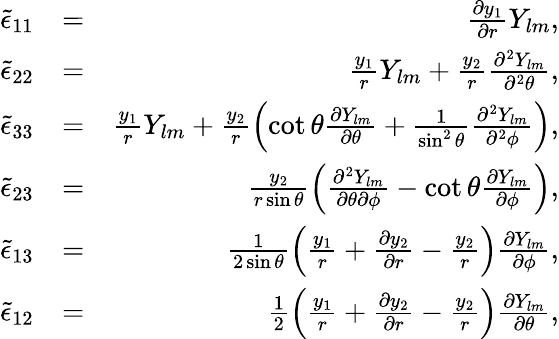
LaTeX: \begin{array}{rlr}{\tilde{\epsilon}_{11}}&{=}&{\frac{\partial y_{1}}{\partial r}Y_{lm},}\\ {\tilde{\epsilon}_{22}}&{=}&{\frac{y_{1}}{r}Y_{lm}+\frac{y_{2}}{r}\frac{\partial^{2}Y_{lm}}{\partial^{2}\theta},}\\ {\tilde{\epsilon}_{33}}&{=}&{\frac{y_{1}}{r}Y_{lm}+\frac{y_{2}}{r}\left(\cot\theta\frac{\partial Y_{lm}}{\partial\theta}+\frac{1}{\sin^{2}\theta}\frac{\partial^{2}Y_{lm}}{\partial^{2}\phi}\right),}\\ {\tilde{\epsilon}_{23}}&{=}&{\frac{y_{2}}{r\sin\theta}\left(\frac{\partial^{2}Y_{lm}}{\partial\theta\partial\phi}-\cot\theta\frac{\partial Y_{lm}}{\partial\phi}\right),}\\ {\tilde{\epsilon}_{13}}&{=}&{\frac{1}{2\sin\theta}\left(\frac{y_{1}}{r}+\frac{\partial y_{2}}{\partial r}-\frac{y_{2}}{r}\right)\frac{\partial Y_{lm}}{\partial\phi},}\\ {\tilde{\epsilon}_{12}}&{=}&{\frac{1}{2}\left(\frac{y_{1}}{r}+\frac{\partial y_{2}}{\partial r}-\frac{y_{2}}{r}\right)\frac{\partial Y_{lm}}{\partial\theta},}\end{array}